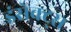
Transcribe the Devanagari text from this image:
इंसेक्ट्स